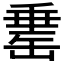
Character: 𦈼